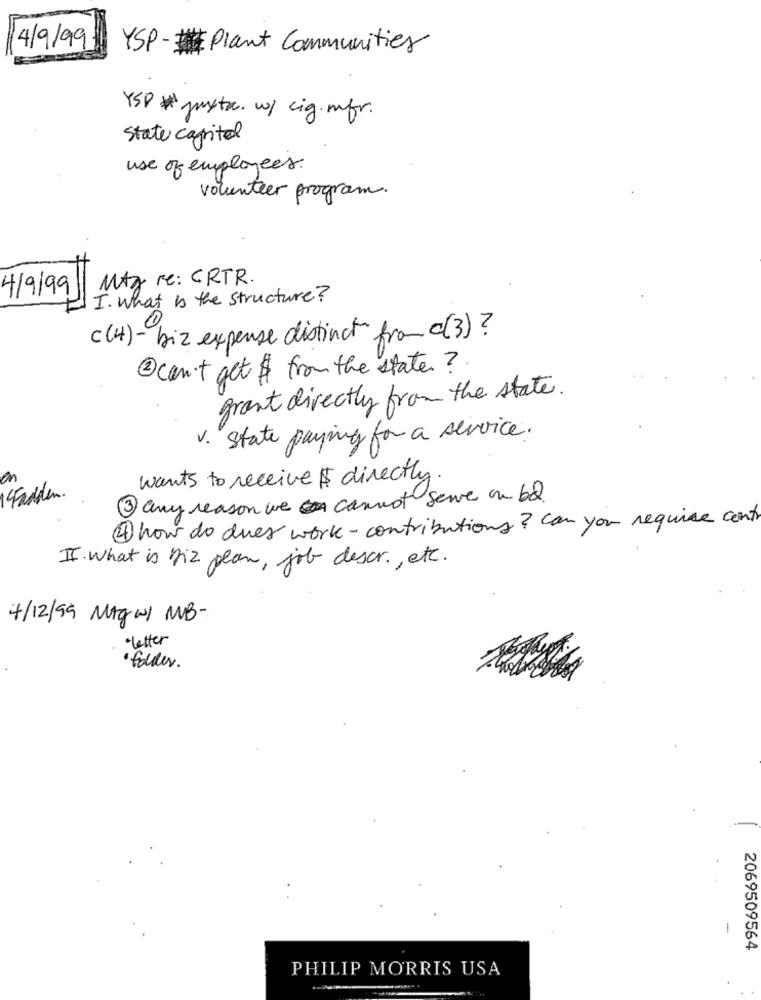
4/9/99
YSP-#Plant Communities
YSP # gusta. w/ cig. mfr.
State capitol
use of employees.
volunteer program.
MAZ re: CRTR.
4/9/99
I. What is the structure?
c(4) - biz expense distinct from c(3)?
2can't get $ from the state?
grant directly from the state.
V. State paying for a service.
en
wants to receive $ directly
Fadden.
any reason we cannot serve on bd
3
4 how do dues work- contributions? Can you require centr
II. What is Diz plan, job descr ., etc.
4/12/99 MAGWI MB-
"letter
' folder.
2069509564
PHILIP MORRIS USA